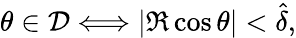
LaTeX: \theta\in{\cal D}\Longleftrightarrow|\Re\cos\theta|<\hat{\delta},